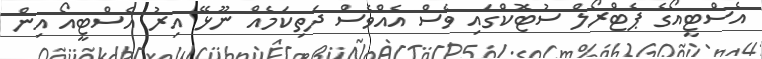
އެސްޓީއޯގެ ޕެޓްރޯލް ސުޓޮކްގައި ވެސް އެއްވެސް ދަތިކަމެއް ނޫޅޭ އިރު އެސްޓީއޯ އިން